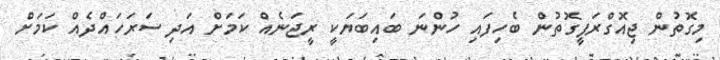
މިގޮތުން ޖިއޮގްރަފީގޮތުން ބެހިފައި ހުންނަ ބައިބަޔަކީ ރީޖަނެއް ކަމަށް އަދި ސަރަހައްދެއް ކަމަށް